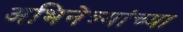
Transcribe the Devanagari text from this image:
अभिनेत्र्यांच्या